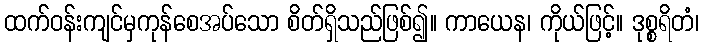
ထက်ဝန်းကျင်မှကုန်စေအပ်သော စိတ်ရှိသည်ဖြစ်၍။ ကာယေန၊ ကိုယ်ဖြင့်။ ဒုစ္စရိတံ၊